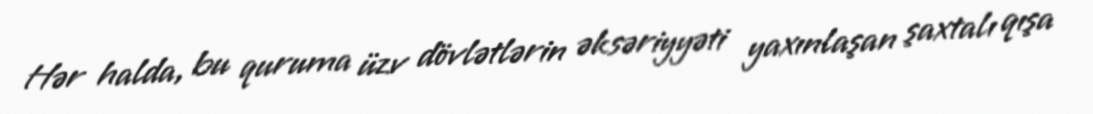
Hər halda, bu quruma üzv dövlətlərin əksəriyyəti yaxınlaşan şaxtalı qışa